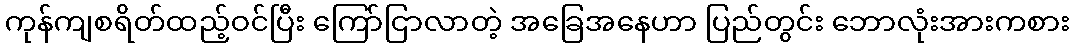
ကုန်ကျစရိတ်ထည့်ဝင်ပြီး ကြော်ငြာလာတဲ့ အခြေအနေဟာ ပြည်တွင်း ဘောလုံးအားကစား